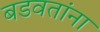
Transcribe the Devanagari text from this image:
बडवतांना